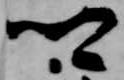
卿